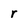
Character: r